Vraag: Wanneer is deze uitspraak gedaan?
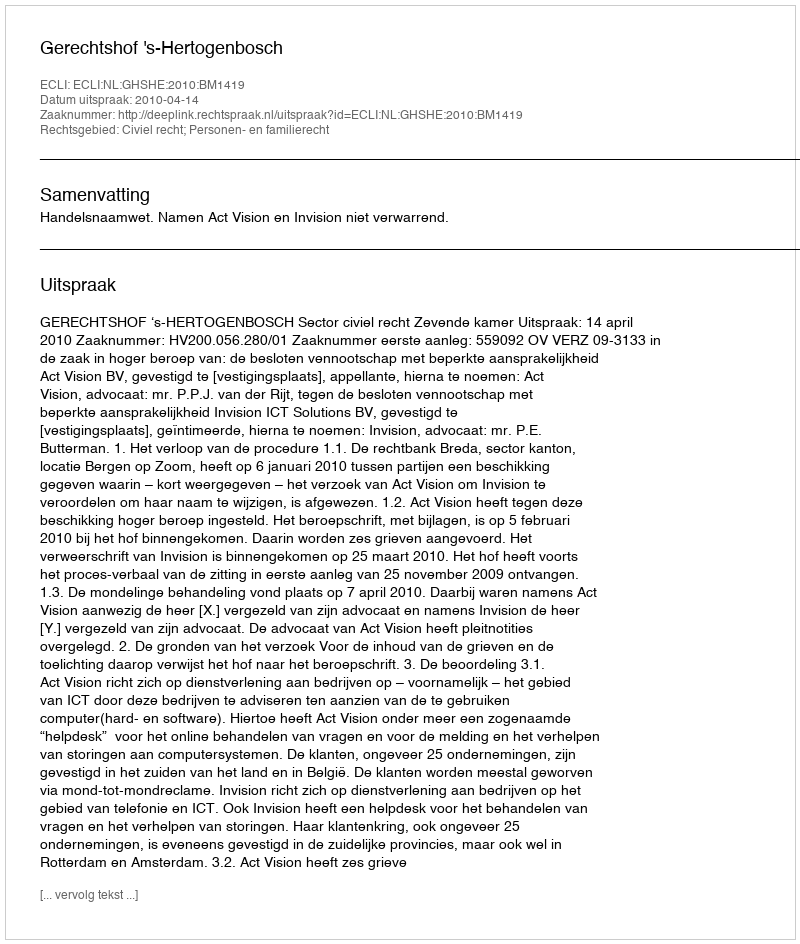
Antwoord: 2010-04-14